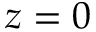
z = 0